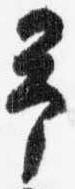
予